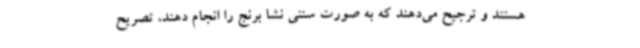
هستند و ترجیح می‌دهند که به صورت سنتی نشا برنج را انجام دهند، تصریح